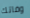
وفاتك